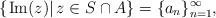
LaTeX: \begin{align*}\left\{ \left.{\rm Im}(z)\right| z\in S\cap A\right\}=\{a_n\}_{n=1}^{\infty},\end{align*}